Vaccination in Bombay 1856-1862 - 1856-1862
Year: 1856
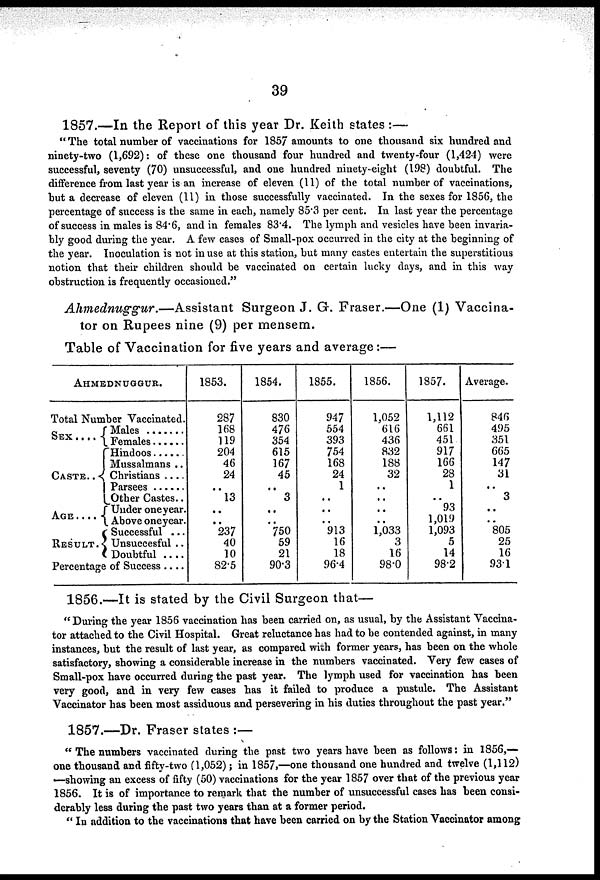
39
1857.—In the Report of this year Dr. Keith states :—
"The total number of vaccinations for 1857 amounts to one thousand six hundred and
ninety-two (1,692): of these one thousand four hundred and twenty-four (1,424) were
successful, seventy (70) unsuccessful, and one hundred ninety-eight (198) doubtful. The
difference from last year is an increase of eleven (11) of the total number of vaccinations,
but a decrease of eleven (11) in those successfully vaccinated. In the sexes for 1856, the
percentage of success is the same in each, namely 85.3 per cent. In last year the percentage
of success in males is 84.6, and in females 83.4. The lymph and vesicles have been invaria-
bly good during the year, A few cases of Small-pox occurred in the city at the beginning of
the year. Inoculation is not in use at this station, but many castes entertain the superstitious
notion that their children should be vaccinated on certain lucky days, and in this way
obstruction is frequently occasioned."
Ahmednuggur.—Assistant
Surgeon J. G. Fraser.—One (1) Vaccina-
tor on Rupees nine (9) per mensem.
Table of Vaccination for five years and average:—
AHMEDNUGGUR.
Total Number Vaccinated.
SEX ....
CASTE..
AGE....
RESULT.
Males .......
Females ......
Hindoos ......
Mussalmans ..
Christians ....
Parsees ......
Other Castes..
Under one year.
Above one year.
Successful ...
Unsuccesful ..
Doubtful ....
Percentage of Success ....
1853.
287
168
119
204
46
24
..
13
..
..
237
40
10
82.5
1854.
830
476
354
615
167
45
..
3
..
..
750
59
21
90.3
1855.
947
554
393
754
168
24
1
..
..
..
913
16
18
96.4
1856.
1,052
616
436
832
188
32
..
..
..
..
1,033
3
16
98.0
1857.
1,112
661
451
917
166
28
1
..
93
1,019
1,093
5
14
98.2
Average.
846
495
351
665
147
31
..
3
..
..
805
25
16
93.1
1856.—It is stated by the Civil Surgeon that—
"During the year 1856 vaccination has been carried on, as usual, by the Assistant Vaccina-
tor attached to the Civil Hospital. Great reluctance has had to be contended against, in many
instances, but the result of last year, as compared with former years, has been on the whole
satisfactory, showing a considerable increase in the numbers vaccinated. Very few cases of
Small-pox have occurred during the past year. The lymph used for vaccination has been
very good, and in very few cases has it failed to produce a pustule. The Assistant
Vaccinator has been most assiduous and persevering in his duties throughout the past year."
1857.—Dr. Fraser states :—
" The numbers vaccinated during the past two years have been as follows: in 1856,—
one thousand and fifty-two (1,052); in 1857,—one thousand one hundred and twelve (1,112)
—showing an excess of fifty (50) vaccinations for the year 1857 over that of the previous year
1856. It is of importance to remark that the number of unsuccessful cases has been consi-
derably less during the past two years than at a former period.
" In addition to the vaccinations that have been carried on by the Station Vaccinator among